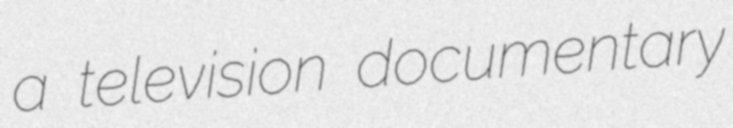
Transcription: a television documentary